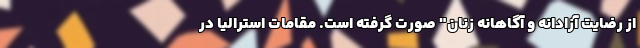
از رضایت آزادانه و آگاهانه زنان" صورت گرفته است. مقامات استرالیا در